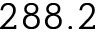
2 8 8 . 2